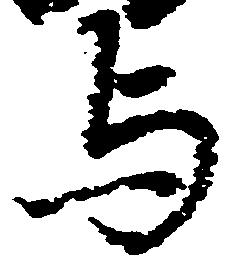
与